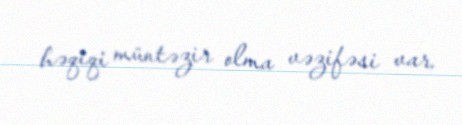
həqiqi müntəzir olma vəzifəsi var.